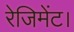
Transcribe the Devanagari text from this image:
रेजिमेंट।